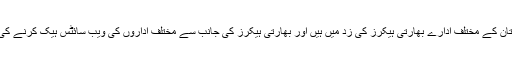
واضح رہے کہ پاکستان کے مختلف ادارے بھارتی ہیکرز کی زد میں ہیں اور بھارتی ہیکرز کی جانب سے مختلف اداروں کی ویب سائٹس ہیک کرنے کی کوششیں جاری ہیں۔